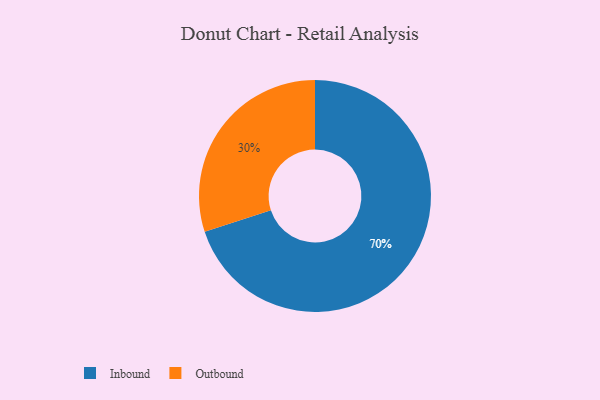
{"axis": {"x": "Category", "y": "Percentage"}, "legend": ["Inbound", "Outbound"], "data": [{"x": "Inbound", "y": 70, "type": "Inbound"}, {"x": "Outbound", "y": 30, "type": "Outbound"}]}